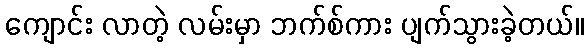
ကျောင်း လာတဲ့ လမ်းမှာ ဘက်စ်ကား ပျက်သွားခဲ့တယ်။